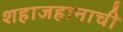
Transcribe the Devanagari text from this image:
शहाजहानाची